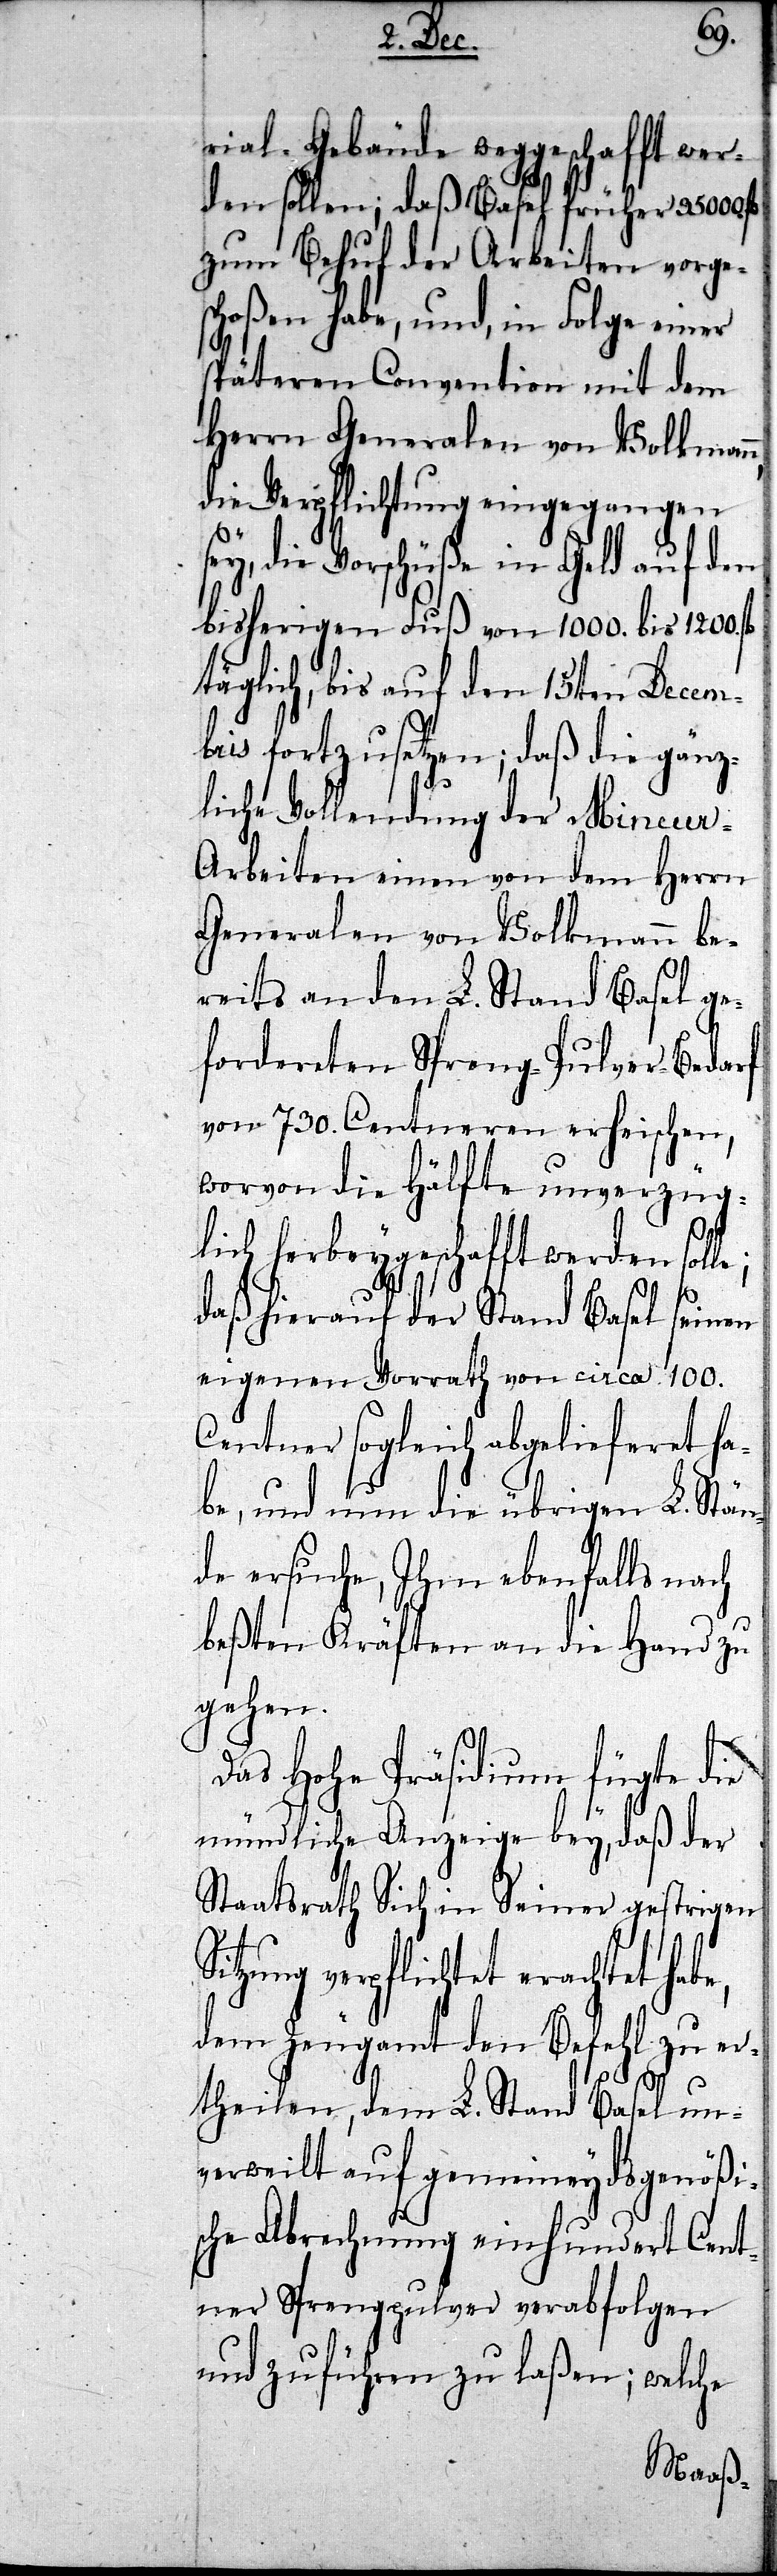
rial-Gebäude weggeschafft w¬
den sollen; daß Basel früher
zum Behuf der Arbeiten vorge¬
schoßen habe, und, in Folge einer
späteren Convention mit dem
Herrn Generalen von Volkmann,
die Verpflichtung eingegangen
sey, die Vorschüße in Geld auf den
bisherigen Fuß von 1000. bis 1200.
täglich, bis auf den 15ten Decem¬
bris fortzusetzen; daß die gänz¬
liche Vollendung der Mineur-A¬
rbeiten einen von dem Herrn
Generalen von Volkmann be¬
reits an den L. Stand Basel ge¬
fordereten Spreng-Pulver-Bedarf
von 730. Centneren erheischen,
worvon die Hälfte unverzüg¬
lich herbeygeschafft werden sol¬
daß hierauf der Stand B¬
asel
eigenen Vorrath von circa 100.
Centner sogleich abgelie¬
e,
L. Stän¬
be, und nun die übrig¬
de ersuche, Ihm ebenfalls na¬
beßten Kräften an die Hand
gehen.
Das Hohe Präsidium fügte die
mündliche Anzeige bey, daß der
Staatsrath Sich in Seiner gestrigen
itzung verpflichtet erachtet hab¬
dem Zeugamt den Befehl zu er¬
theilen, dem L. Stand Basel un¬
verweilt auf gemeineydsgenößi¬
sche Abrechnung einhundert Cent¬
ner Sprengpulver verabfolgen
und zuführen zu laßen; welche